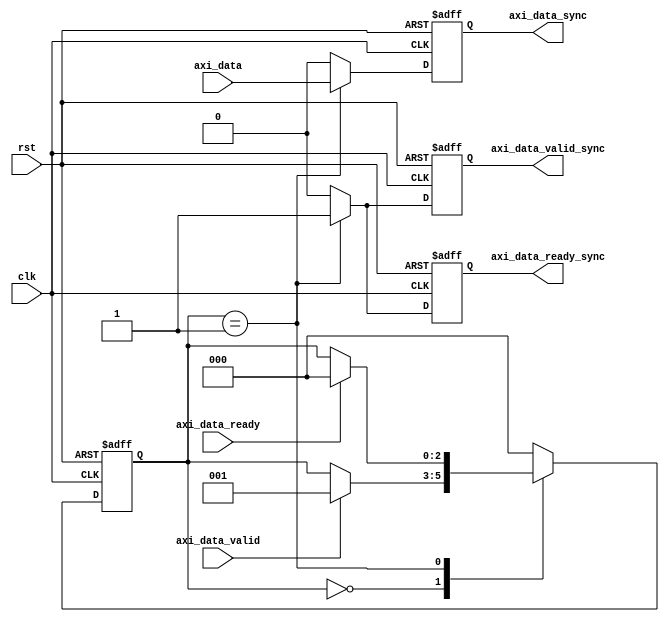
module AXI_Timing_Controller (
    input wire clk,
    input wire rst,
    input wire axi_data_valid,
    input wire axi_data_ready,
    input wire axi_data,
    output reg axi_data_valid_sync,
    output reg axi_data_ready_sync,
    output reg axi_data_sync
);

reg [2:0] state;

parameter IDLE = 3'b000;
parameter TRANSFER = 3'b001;

always @(posedge clk or posedge rst) begin
    if (rst) begin
        state <= IDLE;
    end else begin
        case(state)
            IDLE: begin
                if (axi_data_valid) begin
                    state <= TRANSFER;
                end
            end
            TRANSFER: begin
                if (axi_data_ready) begin
                    state <= IDLE;
                end
            end
            default: begin
                state <= IDLE;
            end
        endcase
    end
end

always @(posedge clk or posedge rst) begin
    if (rst) begin
        axi_data_valid_sync <= 0;
        axi_data_ready_sync <= 0;
        axi_data_sync <= 0;
    end else begin
        case(state)
            IDLE: begin
                axi_data_valid_sync <= 0;
                axi_data_ready_sync <= 0;
                axi_data_sync <= 0;
            end
            TRANSFER: begin
                axi_data_valid_sync <= 1;
                axi_data_ready_sync <= 1;
                axi_data_sync <= axi_data;
            end
            default: begin
                axi_data_valid_sync <= 0;
                axi_data_ready_sync <= 0;
                axi_data_sync <= 0;
            end
        endcase
    end
end

endmodule